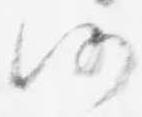
仍